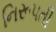
નિરૂપતી